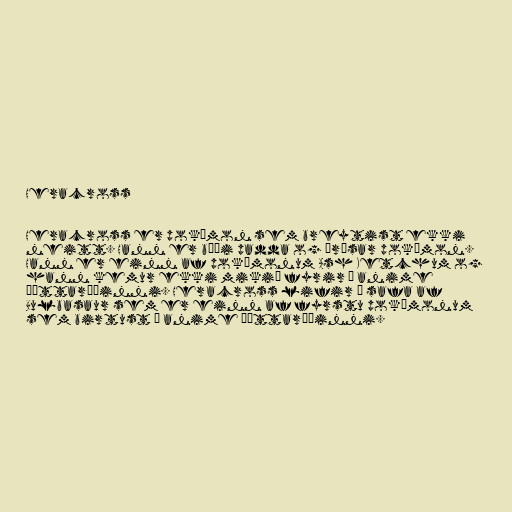
Heracross

Heracross er pokémon sem breytist ekki
neitt. Hann er bæði padda og árásar pokémon.
Hann er einn af pokémonum Ash Ketchum og
hann kemur ekki mikið fyrir í anime
þáttaröðinni. Heracross lifir á safa af
Bulbasaur sem er einn af fyrstu pokémonum
sem birtust í anime þáttaröðinni.